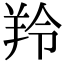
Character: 羚